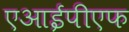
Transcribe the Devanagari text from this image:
एआईपीएफ